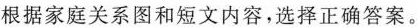
根据家庭关系图和短文内容,选择正确答案。